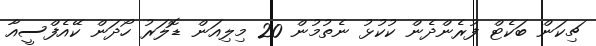
ޗިކަން ބަކެޓް ފުރެންދެން ކުކުޅު ނެތުމުން 20 މިލިއަން ޑޮލަރު ހޯދަން ކޭއެފްސީއާ